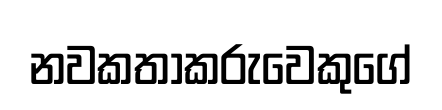
නවකතාකරුවෙකුගේ